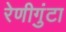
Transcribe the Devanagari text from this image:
रेणीगुंटा